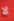
لا